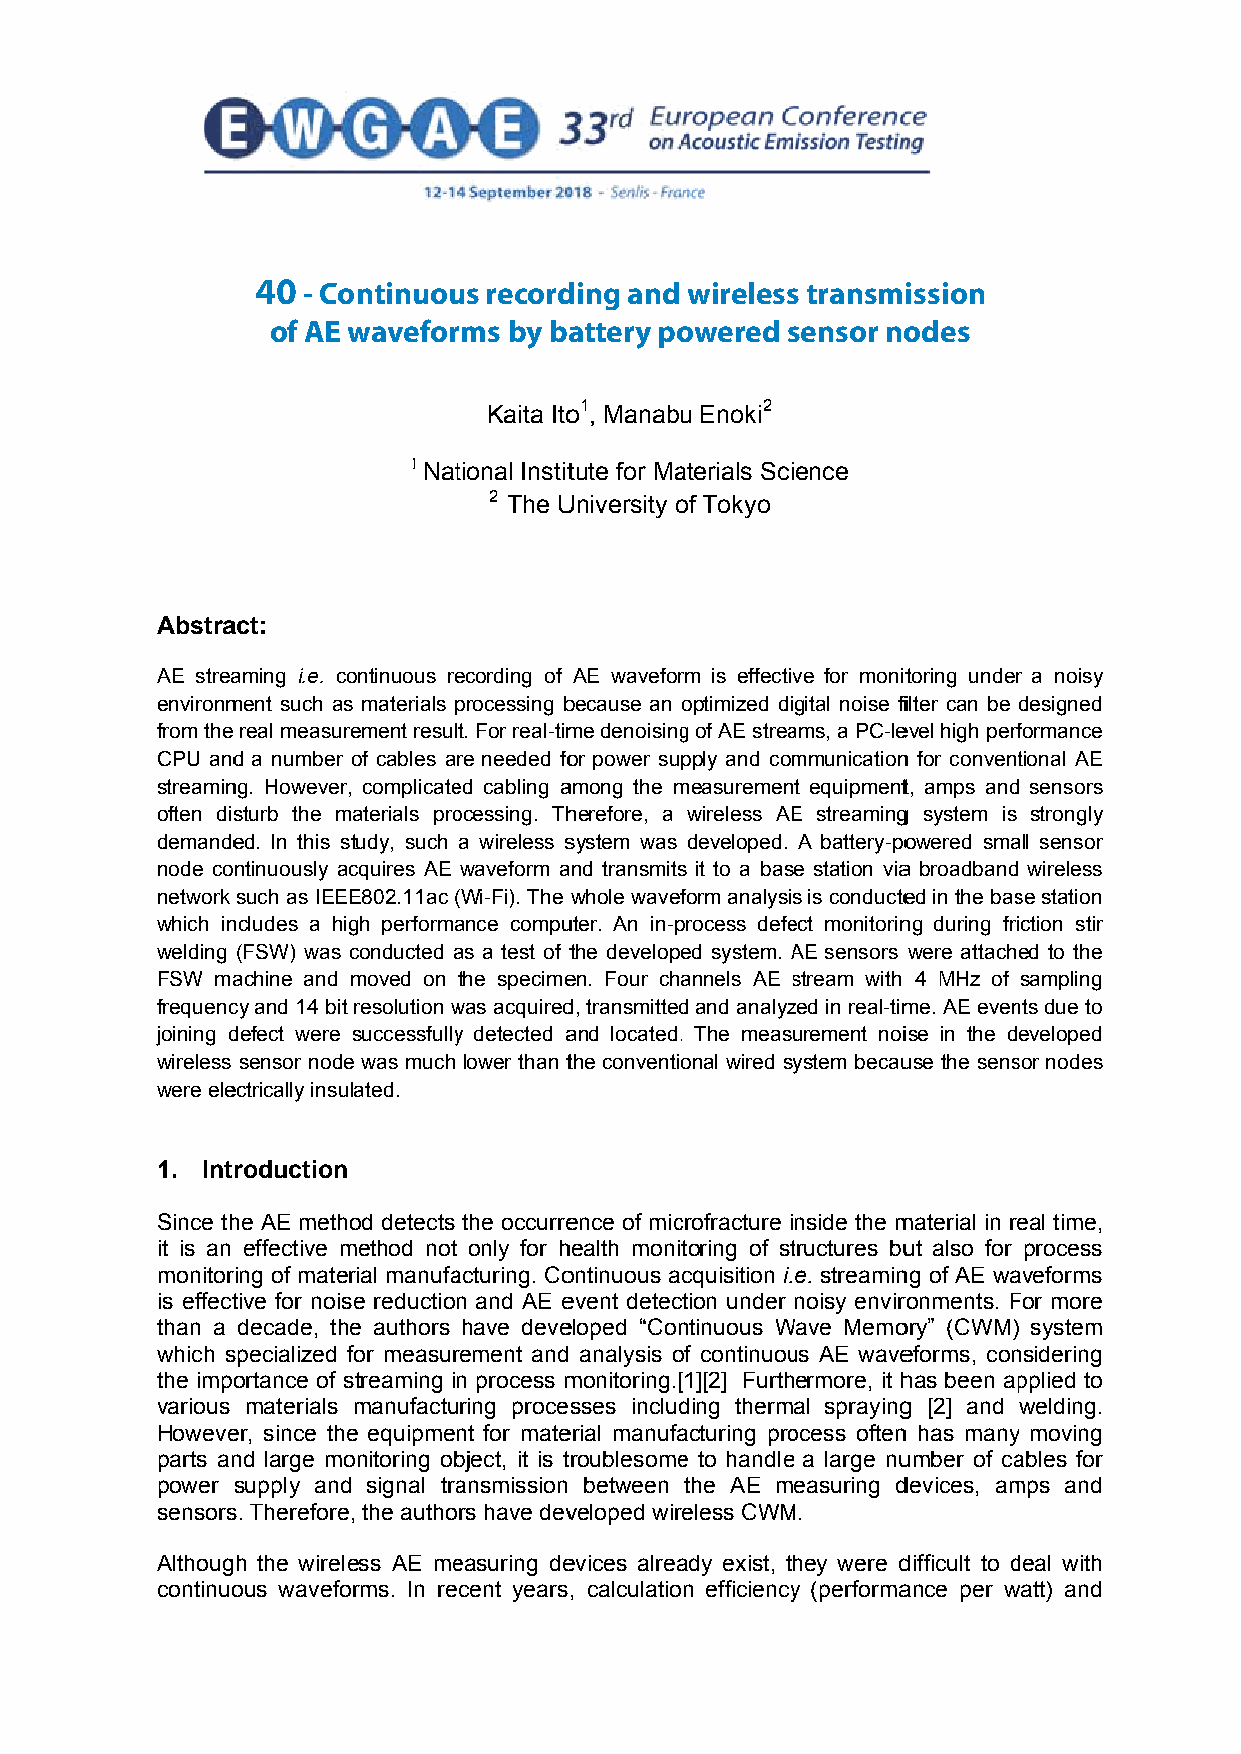
40 - Continuous recording and wireless transmission
 CONNTINUOUUS  RECOORDING  AND  WIIRELESSS TRANSSMISSIONN OF
 of AE waveforms by battery powered sensor nodes
 AE WAVEFORMS    BY  BATTTERY POOWEREDD  SENSOOR  NODEES
 Kaita Itoo1, Manabuu Enoki2
 1 Nattional Instittute for Maaterials Science
 2 The UUniversity oof Tokyo
 Abstraact:
 AE streaaming i.e. ccontinuous reecording of AE waveforrm is effectivve for monittoring underr a noisy
 environmment such ass materials pprocessing bbecause an optimized digital noise fiilter can be designed
 from the real measurrement result. For real-timme denoisingg of AE streaams, a PC-leevel high perfformance
 CPU andd a number of cables arre needed foor power suppply and commmunicationn for conventtional AE
 streaminng. Howeverr, complicateed cabling aamong the mmeasurement equipmentt, amps andd sensors
 often disturb the mmaterials proocessing. Thherefore, a wireless AEE streamingg system is strongly
 demandeed. In this sstudy, such a wireless ssystem was developed. A battery-poowered smaall sensor
 node continuously aacquires AE waveform aand transmitss it to a base station viaa broadband wireless
 network such as IEEEE802.11ac ((Wi-Fi). The whole wavefform analysiss is conducteed in the basse station
 which inncludes a hiigh performaance compuuter. An in-pprocess defeect monitorinng during friiction stir
 welding (FSW) was conducted aas a test of tthe developeed system. AAE sensors were attached to the
 FSW maachine and moved on the specimeen. Four chaannels AE sstream with 4 MHz of sampling
 frequenccy and 14 bitt resolution wwas acquiredd, transmittedd and analyzzed in real-timme. AE evennts due to
 joining ddefect were successfullyy detected aand located.. The measuurement noiise in the developed
 wireless sensor nodee was much lower than tthe conventioonal wired syystem becauuse the senssor nodes
 were eleectrically insuulated.
 1. Introductionn
 Since thhe AE methhod detects the occurreence of miccrofracture inside the mmaterial in reeal time,
 it is an effective mmethod not only for hhealth monitoring of sttructures buut also for process
 monitorring of mateerial manufaacturing. Coontinuous acquisition i.e. streaminng of AE waaveforms
 is effecttive for noisse reductionn and AE eevent detection under noisy envirroonments. FFor more
 than a decade, thhe authors have deveeloped “Conntinuous WWave Memoory” (CWM)) system
 which sspecialized for measurrement and analysis oof continuouus AE waveeforms, connsidering
 the importance of sstreaming inn process mmonitoring.[[1][2] Furthermore, it hhas been appplied to
 various materials manufacturing processses includding thermal sprayingg [2] and welding.
 Howeveer, since the equipmennt for mateerial manufaacturing proocess oftenn has manyy moving
 parts annd large moonitoring obbject, it is troublesomee to handle a large nuumber of caables for
 power supply andd signal traansmission between the AE measuring ddevices, ammps and
 sensorss. Thereforee, the authors have devveloped wireless CWMM.
 Although the wireless AE meeasuring deevices alreaady exist, thhey were ddifficult to ddeal with
 continuoous wavefoorms. In recent years, calculation efficiencyy (performaance per wwatt) and
 1